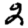
Digit: 2